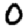
Digit: 0